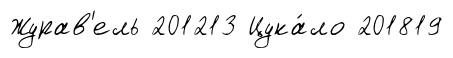
Журав'ель 201213 Цука́ло 201819